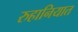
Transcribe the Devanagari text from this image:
रुहानियात